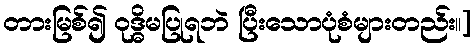
တားမြစ်၍ ဝုဒ္ဓိမပြုရဘဲ ပြီးသောပုံစံများတည်း၊၊]